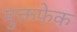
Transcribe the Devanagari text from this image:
मुक्तफेक